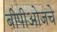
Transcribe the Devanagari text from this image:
बीपीओजचे